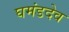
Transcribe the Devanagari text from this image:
घमंडदेव